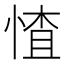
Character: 𱞬